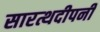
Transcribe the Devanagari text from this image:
सारत्थदीपनी